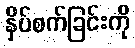
နှိပ်စက်ခြင်းကို